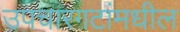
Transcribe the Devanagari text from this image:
उपचारगटांमधील